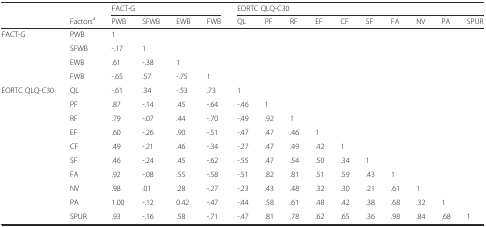
<table><thead><tr><td></td><td></td><td colspan="4"><b>FACT-G</b></td><td colspan="10"><b>EORTC QLQ-C30</b></td></tr><tr><td></td><td><b>Factors<sup>a</sup></b></td><td><b>PWB</b></td><td><b>SFWB</b></td><td><b>EWB</b></td><td><b>FWB</b></td><td><b>QL</b></td><td><b>PF</b></td><td><b>RF</b></td><td><b>EF</b></td><td><b>CF</b></td><td><b>SF</b></td><td><b>FA</b></td><td><b>NV</b></td><td><b>PA</b></td><td><b>SPUR</b></td></tr></thead><tbody><tr><td rowspan="4">FACT-G</td><td>PWB</td><td>1</td><td></td><td></td><td></td><td></td><td></td><td></td><td></td><td></td><td></td><td></td><td></td><td></td><td></td></tr><tr><td>SFWB</td><td>-.17</td><td>1</td><td></td><td></td><td></td><td></td><td></td><td></td><td></td><td></td><td></td><td></td><td></td><td></td></tr><tr><td>EWB</td><td>.61</td><td>-.38</td><td>1</td><td></td><td></td><td></td><td></td><td></td><td></td><td></td><td></td><td></td><td></td><td></td></tr><tr><td>FWB</td><td>-.65</td><td>.57</td><td>-.75</td><td>1</td><td></td><td></td><td></td><td></td><td></td><td></td><td></td><td></td><td></td><td></td></tr><tr><td rowspan="10">EORTC QLQ-C30</td><td>QL</td><td>-.61</td><td>.34</td><td>-.53</td><td>.73</td><td>1</td><td></td><td></td><td></td><td></td><td></td><td></td><td></td><td></td><td></td></tr><tr><td>PF</td><td>.87</td><td>-.14</td><td>.45</td><td>-.64</td><td>-.46</td><td>1</td><td></td><td></td><td></td><td></td><td></td><td></td><td></td><td></td></tr><tr><td>RF</td><td>.79</td><td>-.07</td><td>.44</td><td>-.70</td><td>-.49</td><td>.92</td><td>1</td><td></td><td></td><td></td><td></td><td></td><td></td><td></td></tr><tr><td>EF</td><td>.60</td><td>-.26</td><td>.90</td><td>-.51</td><td>-.47</td><td>.47</td><td>.46</td><td>1</td><td></td><td></td><td></td><td></td><td></td><td></td></tr><tr><td>CF</td><td>.49</td><td>-.21</td><td>.46</td><td>-.34</td><td>-.27</td><td>.47</td><td>.49</td><td>.42</td><td>1</td><td></td><td></td><td></td><td></td><td></td></tr><tr><td>SF</td><td>.46</td><td>-.24</td><td>.45</td><td>-.62</td><td>-.55</td><td>.47</td><td>.54</td><td>.50</td><td>.34</td><td>1</td><td></td><td></td><td></td><td></td></tr><tr><td>FA</td><td>.92</td><td>-.08</td><td>.55</td><td>-.58</td><td>-.51</td><td>.82</td><td>.81</td><td>.51</td><td>.59</td><td>.43</td><td>1</td><td></td><td></td><td></td></tr><tr><td>NV</td><td>.98</td><td>.01</td><td>.28</td><td>-.27</td><td>-.23</td><td>.43</td><td>.48</td><td>.32</td><td>.30</td><td>.21</td><td>.61</td><td>1</td><td></td><td></td></tr><tr><td>PA</td><td>1.00</td><td>-.12</td><td>0.42</td><td>-.47</td><td>-.44</td><td>.58</td><td>.61</td><td>.48</td><td>.42</td><td>.38</td><td>.68</td><td>.32</td><td>1</td><td></td></tr><tr><td>SPUR</td><td>.93</td><td>-.16</td><td>.58</td><td>-.71</td><td>-.47</td><td>.81</td><td>.78</td><td>.62</td><td>.65</td><td>.36</td><td>.98</td><td>.84</td><td>.68</td><td>1</td></tr></tbody></table>